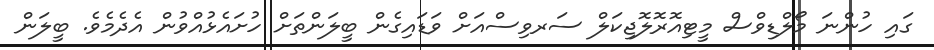
ގައި ހުންނަ މޯލްޑިވްސް މީޓިއޮރޮލޮޖިކަލް ސަރވިސްއަށް ވަޑައިގެން ބީލަންތަށް ހުށައެޅުއްވުން އެދެމެވެ. ބީލަން